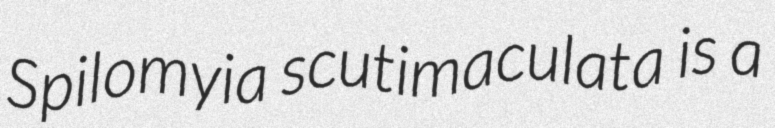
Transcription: Spilomyia scutimaculata is a